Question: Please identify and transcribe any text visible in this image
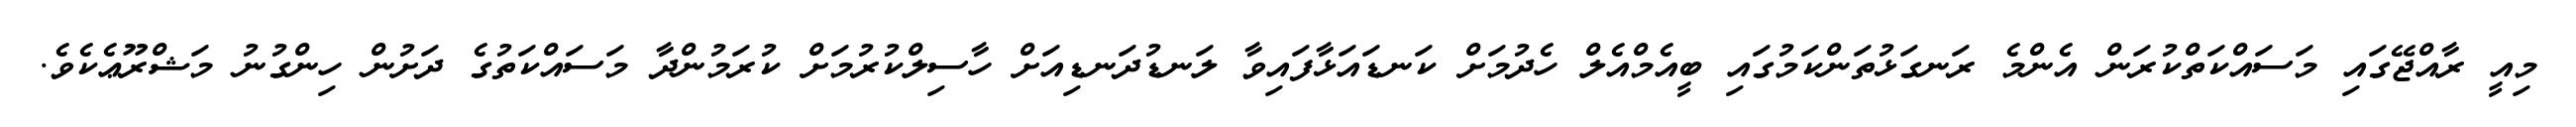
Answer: މިއީ ރާއްޖޭގައި މަސައްކަތްކުރަން އެންމެ ރަނގަޅުތަންކަމުގައި ބީއެމްއެލް ހެދުމަށް ކަނޑައަޅާފައިވާ ލަނޑުދަނޑިއަށް ހާސިލްކުރުމަށް ކުރަމުންދާ މަސައްކަތުގެ ދަށުން ހިންގުނު މަޝްރޫޢެކެވެ.